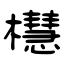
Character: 櫘